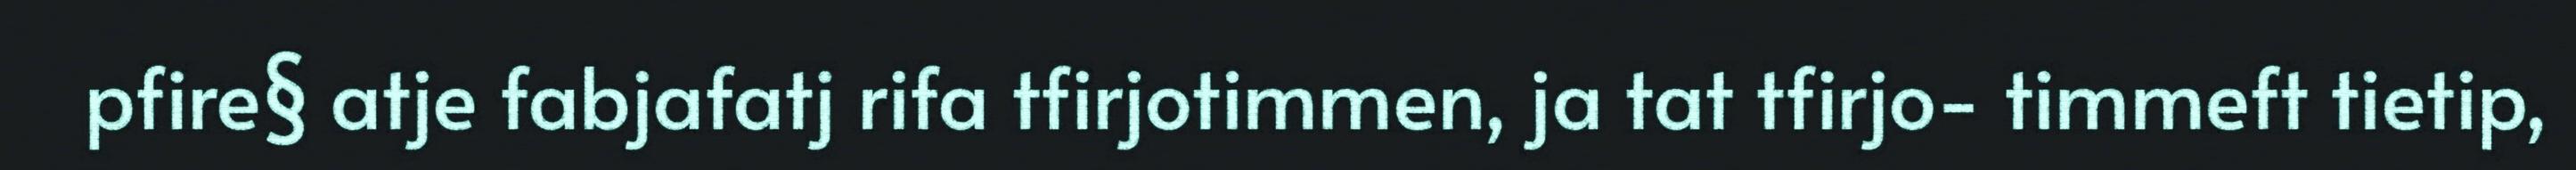
pfire§ atje fabjafatj rifa tfirjotimmen, ja tat tfirjo- timmeft tietip,